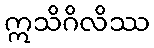
ဣသိဂိလိဿ